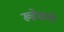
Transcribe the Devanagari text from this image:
ख्हेळले